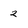
Character: 2